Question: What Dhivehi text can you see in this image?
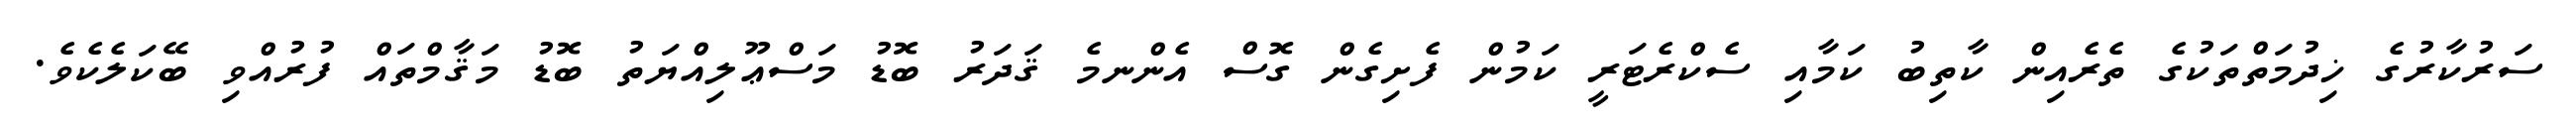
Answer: ސަރުކާރުގެ ޚިދުމަތްތަކުގެ ތެރެއިން ކާތިބު ކަމާއި ސެކްރެޓަރީ ކަމުން ފެށިގެން ގޮސް އެންނމެ ޤަދަރު ބޮޑު މަސްޢޫލިއްޔަތު ބޮޑު މަޤާމްތައް ފުރުއްވި ބޭކަލެކެވެ.